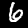
Digit: 6